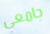
جامعي